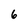
Character: 6